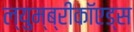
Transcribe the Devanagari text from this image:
ल्युम्ब्रीकॉएड्स